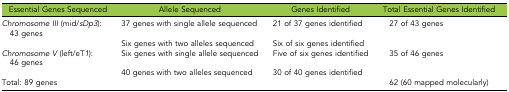
<table><thead><tr><td><b>Essential Genes Sequenced</b></td><td><b>Allele Sequenced</b></td><td><b>Genes Identified</b></td><td><b>Total Essential Genes Identified</b></td></tr></thead><tbody><tr><td><i>Chromosome III</i> (mid/<i>sDp3</i>): 43 genes</td><td>37 genes with single allele sequenced</td><td>21 of 37 genes identified</td><td>27 of 43 genes</td></tr><tr><td></td><td>Six genes with two alleles sequenced</td><td>Six of six genes identified</td><td></td></tr><tr><td><i>Chromosome V</i> (left/eT<i>1</i>): 46 genes</td><td>Six genes with single allele sequenced</td><td>Five of six genes identified</td><td>35 of 46 genes</td></tr><tr><td></td><td>40 genes with two alleles sequenced</td><td>30 of 40 genes identified</td><td></td></tr><tr><td>Total: 89 genes</td><td></td><td></td><td>62 (60 mapped molecularly)</td></tr></tbody></table>